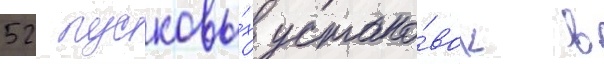
52 пусковы́х устано́вок в